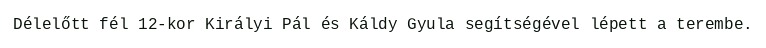
Délelőtt fél 12-kor Királyi Pál és Káldy Gyula segítségével lépett a terembe.